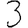
Digit: 3